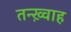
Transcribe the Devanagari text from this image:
तन्ख़्वाह